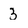
Character: 3